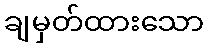
ချမှတ်ထားသော